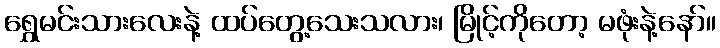
ရွှေမင်းသားလေးနဲ့ ထပ်တွေ့သေးသလား၊ မြိုင့်ကိုတော့ မဖုံးနဲ့နော်။